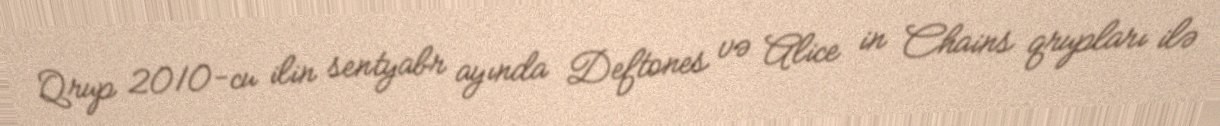
Qrup 2010-cu ilin sentyabr ayında Deftones və Alice in Chains qrupları ilə